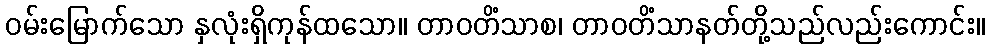
ဝမ်းမြောက်သော နှလုံးရှိကုန်ထသော။ တာဝတိံသာစ၊ တာဝတိံသာနတ်တို့သည်လည်းကောင်း။